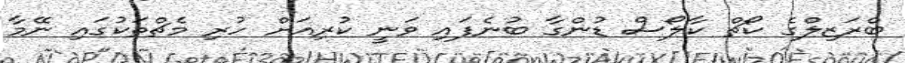
ބްރަޒިލްގެ ކޯޗް ކާލޯސް ޑުންގާ ބުނެފައި ވަނީ ކުރިއަށް ހުރި މެޗްތަކުގައި ނޭމާ